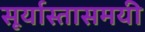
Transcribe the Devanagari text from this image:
सूर्यास्तासमयी